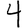
Digit: 4